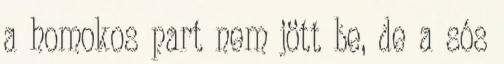
a homokos part nem jött be, de a sós